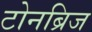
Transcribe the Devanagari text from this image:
टोनब्रिज